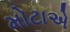
મોટાએ